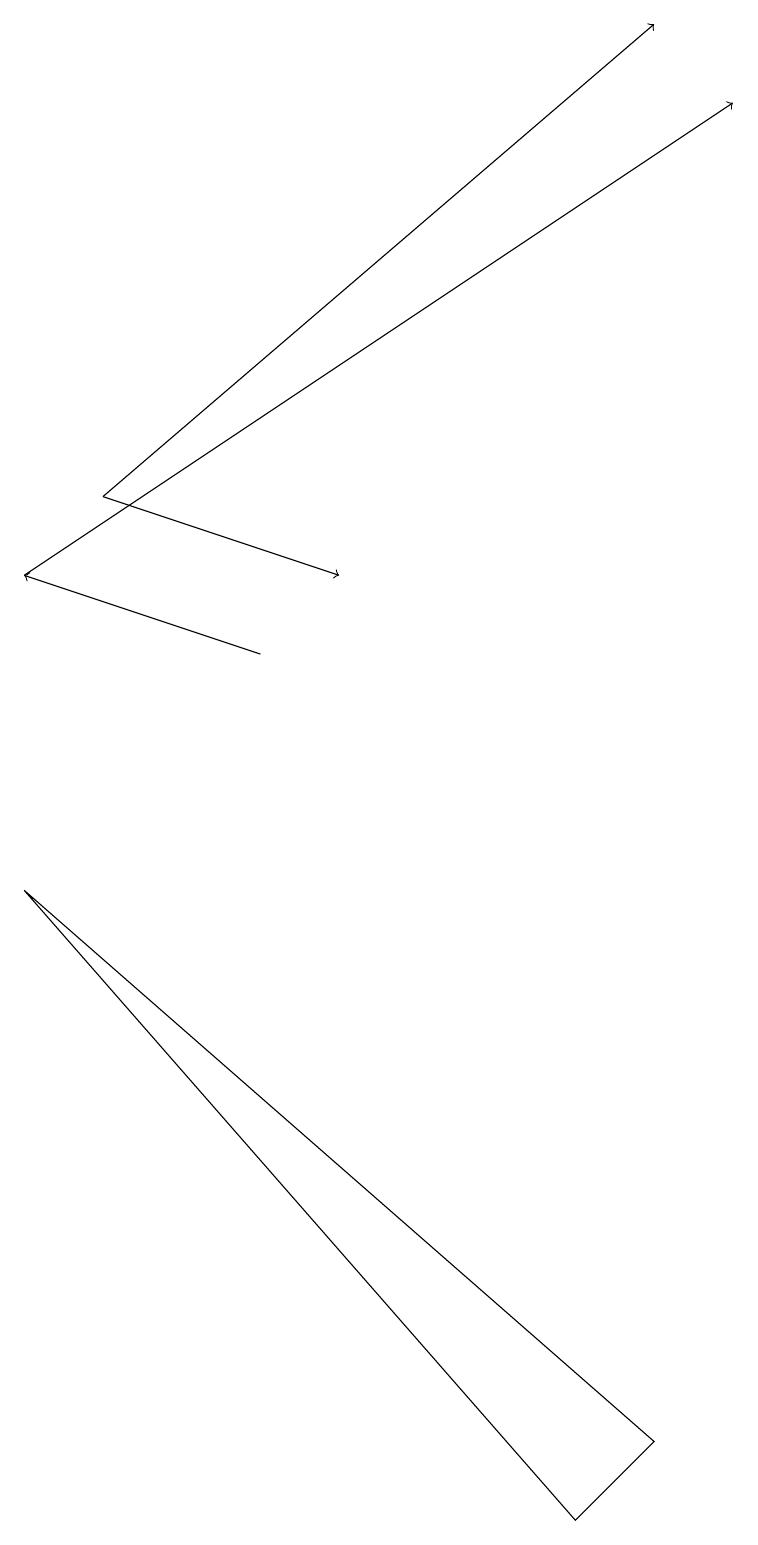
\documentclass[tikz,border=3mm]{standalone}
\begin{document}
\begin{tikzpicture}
\draw[->] (0,12) -- (9,18);
\draw[->] (1,13) -- (4,12);
\draw (7,0) -- (0,8) -- (8,1) -- cycle;
\draw[->] (1,13) -- (8,19);
\draw[->] (3,11) -- (0,12);
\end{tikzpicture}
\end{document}